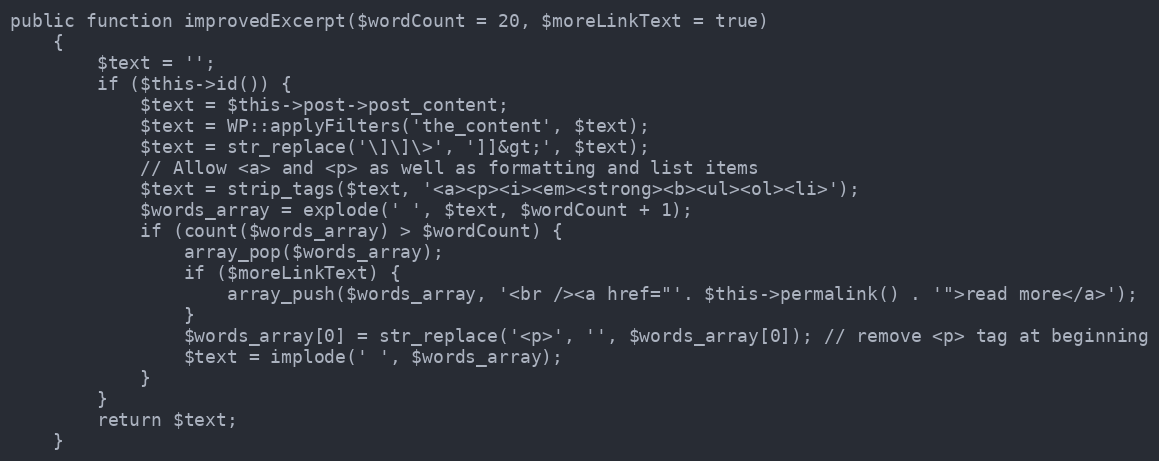
Language: PHP
public function improvedExcerpt($wordCount = 20, $moreLinkText = true)
    {
        $text = '';
        if ($this->id()) {
            $text = $this->post->post_content;
            $text = WP::applyFilters('the_content', $text);
            $text = str_replace('\]\]\>', ']]&gt;', $text);
            // Allow <a> and <p> as well as formatting and list items
            $text = strip_tags($text, '<a><p><i><em><strong><b><ul><ol><li>');
            $words_array = explode(' ', $text, $wordCount + 1);
            if (count($words_array) > $wordCount) {
                array_pop($words_array);
                if ($moreLinkText) {
                    array_push($words_array, '<br /><a href="'. $this->permalink() . '">read more</a>');
                }
                $words_array[0] = str_replace('<p>', '', $words_array[0]); // remove <p> tag at beginning
                $text = implode(' ', $words_array);
            }
        }
        return $text;
    }